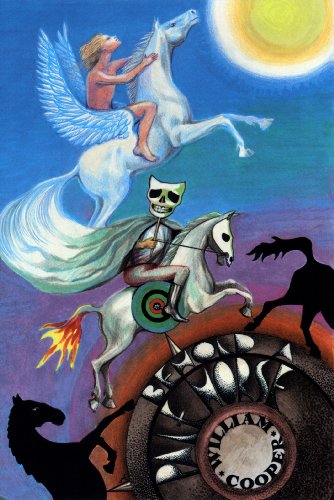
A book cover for Behold a Pale Horse; Milton William Cooper; Science & Math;